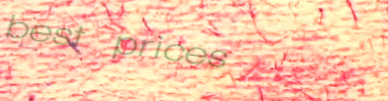
best prices